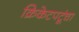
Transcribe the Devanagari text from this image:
क्रिकेटपटूंचा